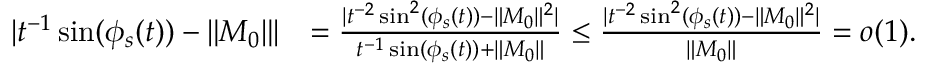
\begin{array} { r l } { | t ^ { - 1 } \sin ( \phi _ { s } ( t ) ) - \| M _ { 0 } \| | } & { = \frac { | t ^ { - 2 } \sin ^ { 2 } ( \phi _ { s } ( t ) ) - \| M _ { 0 } \| ^ { 2 } | } { t ^ { - 1 } \sin ( \phi _ { s } ( t ) ) + \| M _ { 0 } \| } \le \frac { | t ^ { - 2 } \sin ^ { 2 } ( \phi _ { s } ( t ) ) - \| M _ { 0 } \| ^ { 2 } | } { \| M _ { 0 } \| } = o ( 1 ) . } \end{array}